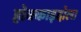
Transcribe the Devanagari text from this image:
होक्काइदोला